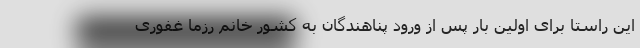
این راستا برای اولین بار پس از ورود پناهندگان به کشور خانم رزما غفوری